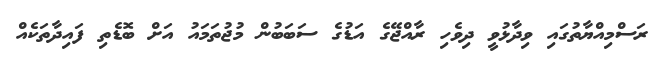
ރަސްމިއްޔާތުގައި ވިދާޅުވީ ދިވެހި ރާއްޖޭގެ އަޑުގެ ސަބަބުން މުޖުތަމައު އަށް ބޮޑެތި ފައިދާތަކެއް